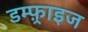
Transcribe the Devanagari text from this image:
डम्फ़्राइज